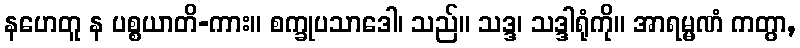
နဟေတူ န ပစ္စယာတိ-ကား။ စက္ခုပသာဒေါ၊ သည်။ သဒ္ဒ၊ သဒ္ဒါရုံကို။ အာရမ္မဏံ ကတွာ,